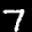
Label: 7